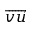
\overrightarrow { v u }